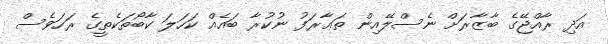
އަދި ރާއްޖޭގެ ބާޒާރަށް ނެސްލޭއިން ތަޢާރަފު ނުކުރާ ބައެއް ކަހަލަ ކާބޯތަކެތީގެ ރަހަވެސް